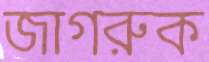
জাগরুক